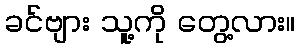
ခင်ဗျား သူ့ကို တွေ့လား။